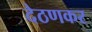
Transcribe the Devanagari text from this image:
देठणकर